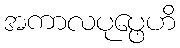
အကာလပုပ္ဖေဟိ